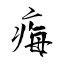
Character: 痗